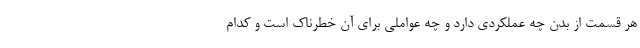
هر قسمت از بدن چه عملکردی دارد و چه عواملی برای آن خطرناک است و کدام